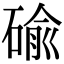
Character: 䃋